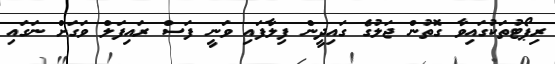
ރިޕޯޓުތަކުގައިވާ ގޮތުން ޖަލުގެ ގައިދީން ފިލާފައި ވަނީ ފަސް ރައިފަލް ވަގަށް ނަގައި